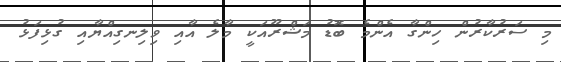
މި ސަރުކާރުން ހިންގާ އެންމެ ބޮޑު މަޝްރޫއަކީ މާލެ އާއި ވިލިނގިއްޔާއި ގުޅިފަޅު